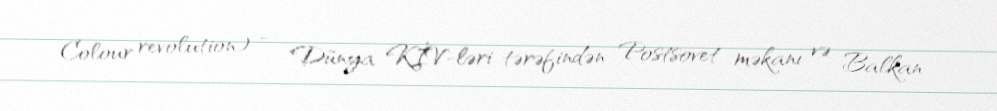
Colour revolution) — Dünya KİV-ləri tərəfindən Postsovet məkanı və Balkan